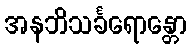
အနဘိသင်္ခရောန္တော